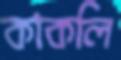
কাকলি